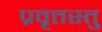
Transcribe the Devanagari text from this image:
प्रवृत्तस्तु